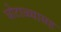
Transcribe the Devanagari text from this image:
घोटाळ्यासह